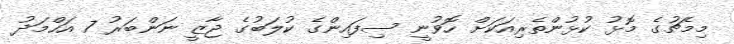
މިމެޗުގެ މޮޅު ކުޅުންތެރިއަކަށް ހޮވުނީ ސިފައިންގެ ކުލަބުގެ ޖާޒީ ނަންބަރު 7 އަހްމަދު